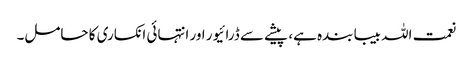
نعمت اللہ بیبا بندہ ہے، پیشے سے ڈرائیور اور انتہائی انکساری کا حامل۔